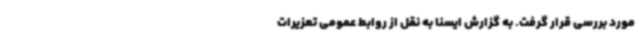
مورد بررسی قرار گرفت. به گزارش ایسنا به نقل از روابط عمومی تعزیرات